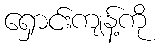
ရှောင်းကျန့်ကို